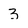
Character: 3